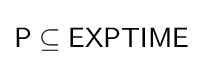
{\mathsf {P}}\subseteq {\mathsf {EXPTIME}}